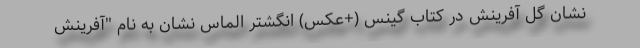
نشان گل آفرینش در کتاب گینس (+عکس) انگشتر الماس نشان به نام "آفرینش